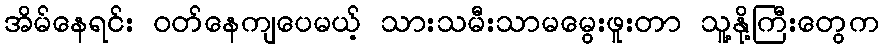
အိမ်နေရင်း ဝတ်နေကျပေမယ့် သားသမီးသာမမွေးဖူးတာ သူ့နို့ကြီးတွေက